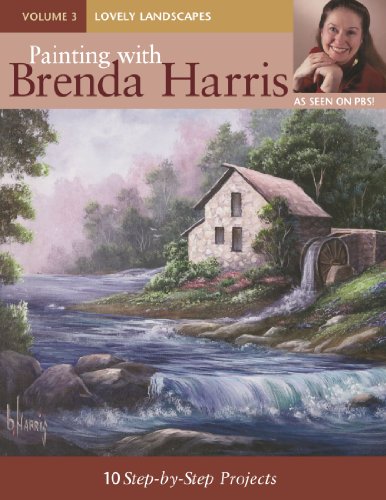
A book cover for Painting with Brenda Harris, Volume 3 - Lovely Landscapes: 10 Step-by-Step Projects; Brenda Harris; Arts & Photography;